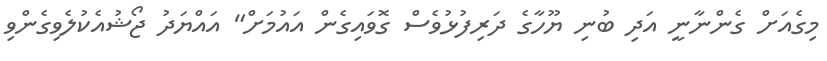
މިގެއަށް ގެންނާނީ އަދި ބުނި ޔޫހާގެ ދަރިފުޅުވެސް ގޮވައިގެން އައުމަށް" އައްޔަދު ޖޯޝުއެކުލެވިގެންވި